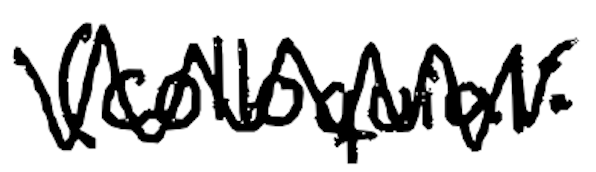
Text: (colloquial:
Cross-out: zig-zag
Writing tool: digital_black